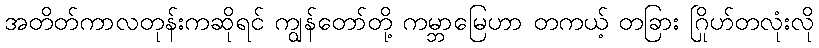
အတိတ်ကာလတုန်းကဆိုရင် ကျွန်တော်တို့ ကမ္ဘာမြေဟာ တကယ့် တခြား ဂြိုဟ်တလုံးလို